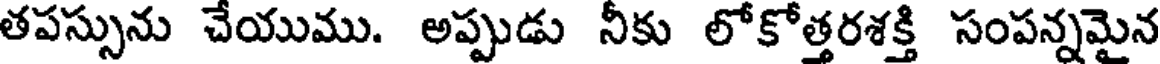
తపస్సును చేయుము. అప్పుడు నీకు లోకోత్తరశక్తి సంపన్నమైన